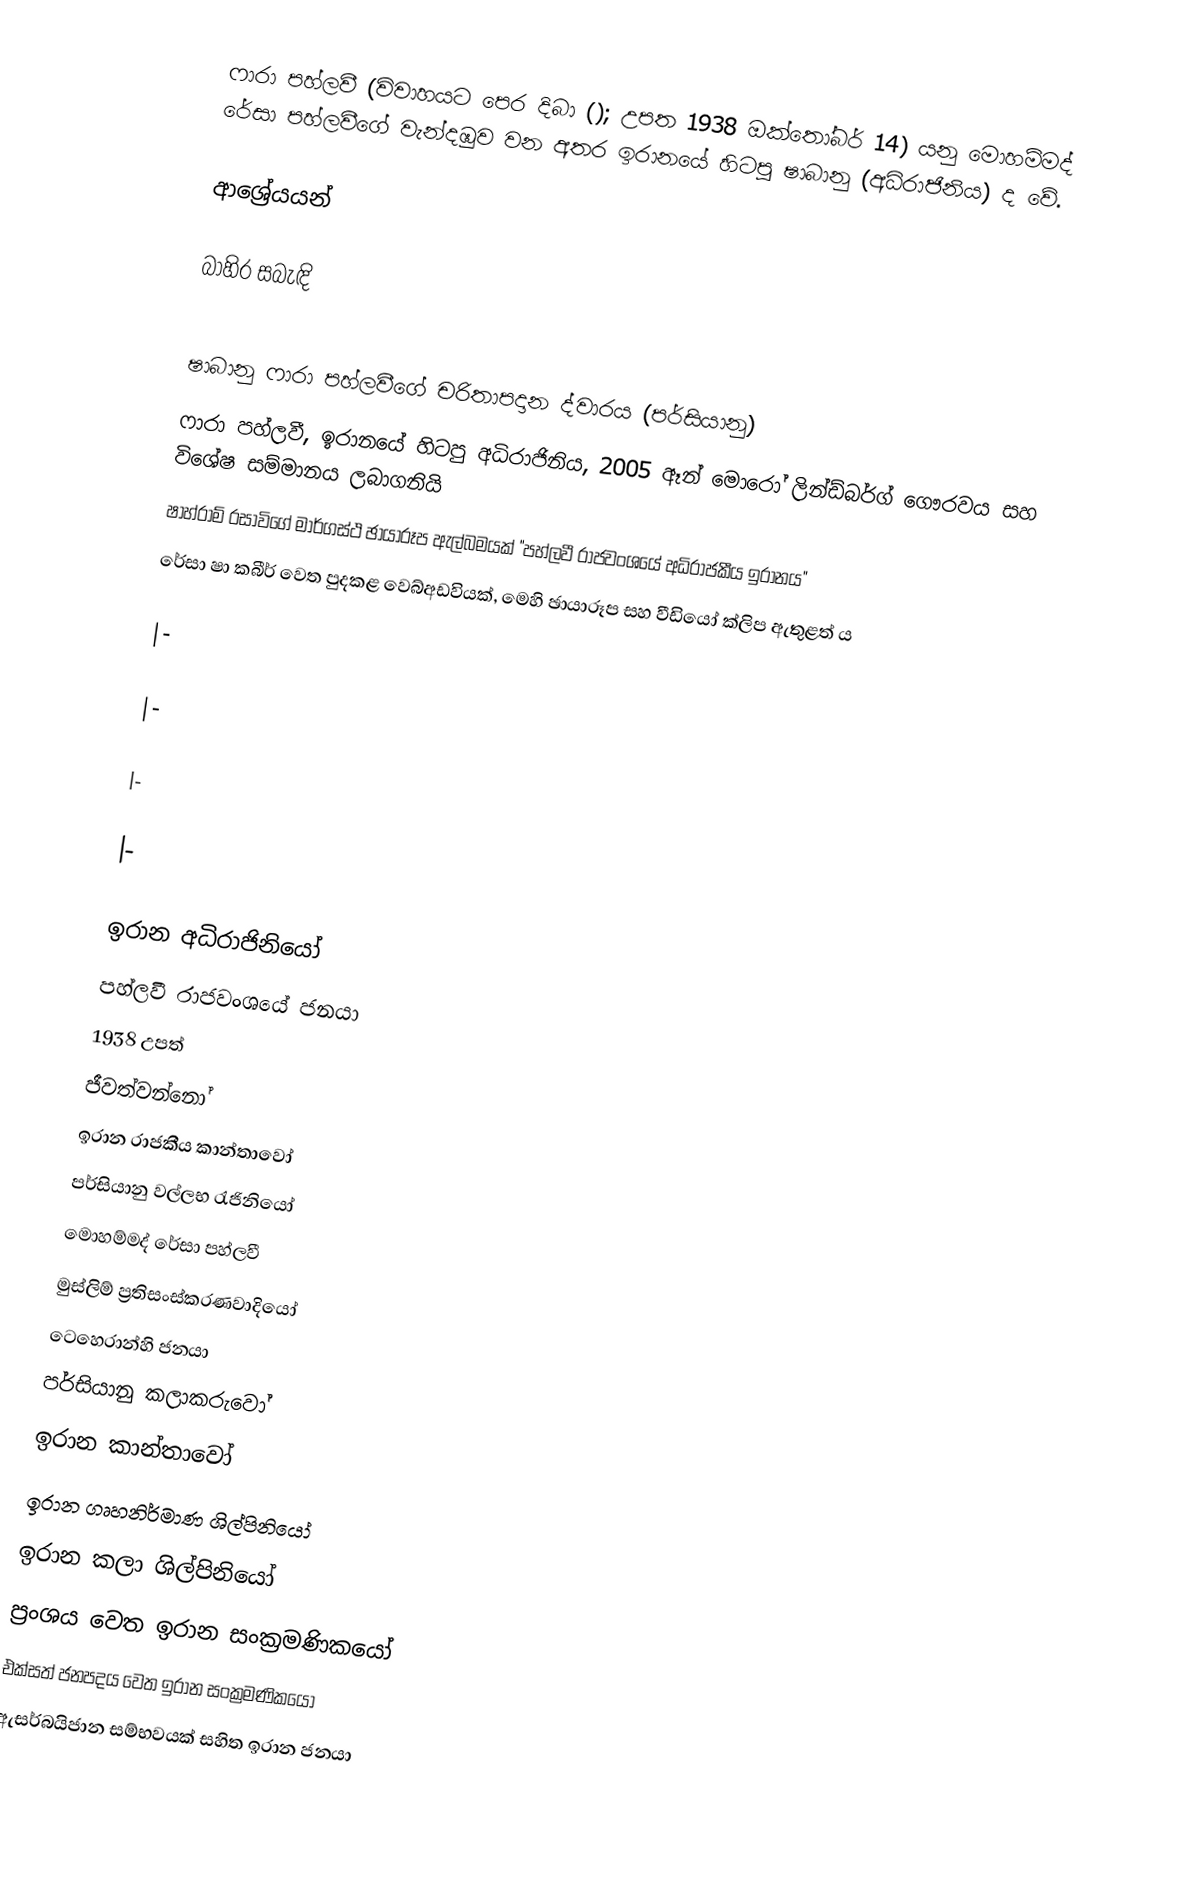
ෆාරා පහ්ලවී (විවාහයට පෙර දිබා (); උපත 1938 ඔක්තෝබර් 14) යනු මොහම්මද් රේසා පහ්ලවීගේ වැන්දඹුව වන අතර ඉරානයේ හිටපු ෂාබානු (අධිරාජිනිය) ද වේ.

ආශ්‍රේයයන්

බාහිර සබැඳි

 ෂාබානු ෆාරා පහ්ලවීගේ චරිතාපදාන ද්වාරය (පර්සියානු)
 ෆාරා පහ්ලවී, ඉරානයේ හිටපු අධිරාජිනිය, 2005 ඈන් මොරෝ ලින්ඩ්බර්ග් ගෞරවය සහ විශේෂ සම්මානය ලබාගනියි
 ෂාහ්රාම් රසාවිගේ මාර්ගස්ථ ඡායාරූප ඇල්බමයක් "පහ්ලවී රාජවංශයේ අධිරාජකීය ඉරානය"
 රේසා ෂා කබීර් වෙත පුදකළ වෙබ්අඩවියක්, මෙහි ඡායාරූප සහ වීඩියෝ ක්ලිප ඇතුළත් ය

|-

|-

|-

|-

ඉරාන අධිරාජිනියෝ
පහ්ලවී රාජවංශයේ ජනයා
1938 උපත්
ජීවත්වන්නෝ
ඉරාන රාජකීය කාන්තාවෝ
පර්සියානු වල්ලභ රැජිනියෝ
මොහම්මද් රේසා පහ්ලවී
මුස්ලිම් ප්‍රතිසංස්කරණවාදියෝ
ටෙහෙරාන්හි ජනයා
පර්සියානු කලාකරුවෝ
ඉරාන කාන්තාවෝ
ඉරාන ගෘහනිර්මාණ ශිල්පිනියෝ
ඉරාන කලා ශිල්පිනියෝ
ප්‍රංශය වෙත ඉරාන සංක්‍රමණිකයෝ
එක්සත් ජනපදය වෙත ඉරාන සංක්‍රමණිකයෝ
ඇසර්බයිජාන සම්භවයක් සහිත ඉරාන ජනයා